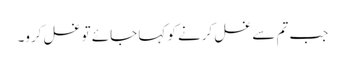
جب تم سے غسل کرنے کو کہا جائے تو غسل کرو۔